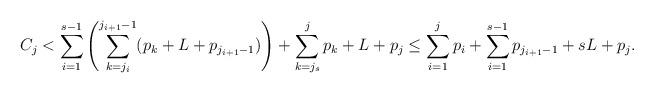
LaTeX: \begin{align*}C_j < \sum_{i=1}^{s-1} \left(\sum_{k=j_i}^{j_{i+1}-1} ( p_k + L + p_{j_{i+1}-1})\right) + \sum_{k=j_s}^j p_k + L + p_j \leq \sum_{i=1}^j p_i + \sum_{i=1}^{s-1}p_{j_{i+1}-1}+ sL + p_j.\end{align*}